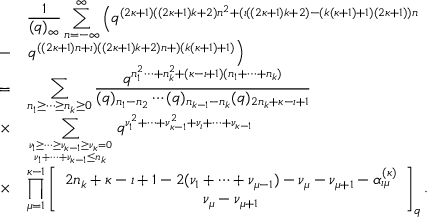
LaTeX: \begin{array} { c l } { { } } & { { \displaystyle \frac { 1 } { ( q ) _ { \infty } } \sum _ { n = - \infty } ^ { \infty } \left( q ^ { ( 2 \kappa + 1 ) ( ( 2 \kappa + 1 ) k + 2 ) n ^ { 2 } + ( \iota ( ( 2 \kappa + 1 ) k + 2 ) - ( k ( \kappa + 1 ) + 1 ) ( 2 \kappa + 1 ) ) n } \right. } } \\ { { - } } & { { \left. q ^ { ( ( 2 \kappa + 1 ) n + \iota ) ( ( 2 \kappa + 1 ) k + 2 ) n + ) ( k ( \kappa + 1 ) + 1 ) } \right) } } \\ { { = } } & { { \displaystyle \sum _ { n _ { 1 } \geq \cdots \geq n _ { k } \geq 0 } \frac { q ^ { n _ { 1 } ^ { 2 } \cdots + n _ { k } ^ { 2 } + ( \kappa - \iota + 1 ) ( n _ { 1 } + \cdots + n _ { k } ) } } { ( q ) _ { n _ { 1 } - n _ { 2 } } \cdots ( q ) _ { n _ { k - 1 } - n _ { k } } ( q ) _ { 2 n _ { k } + \kappa - \iota + 1 } } } } \\ { { \times } } & { { \displaystyle \sum _ { \nu _ { 1 } \geq \cdots \geq \nu _ { \kappa - 1 } \geq \nu _ { \kappa } = 0 \atop \nu _ { 1 } + \cdots + \nu _ { \kappa - 1 } \leq n _ { k } } q ^ { \nu _ { 1 } ^ { 2 } + \cdots + \nu _ { \kappa - 1 } ^ { 2 } + \nu _ { \iota } + \cdots + \nu _ { \kappa - 1 } } } } \\ { { \times } } & { { \displaystyle \prod _ { \mu = 1 } ^ { \kappa - 1 } \left[ \begin{array} { c } { { 2 n _ { k } + \kappa - \iota + 1 - 2 ( \nu _ { 1 } + \cdots + \nu _ { \mu - 1 } ) - \nu _ { \mu } - \nu _ { \mu + 1 } - \alpha _ { \iota \mu } ^ { ( \kappa ) } } } \\ { { \nu _ { \mu } - \nu _ { \mu + 1 } } } \end{array} \right] _ { q } . } } \end{array}